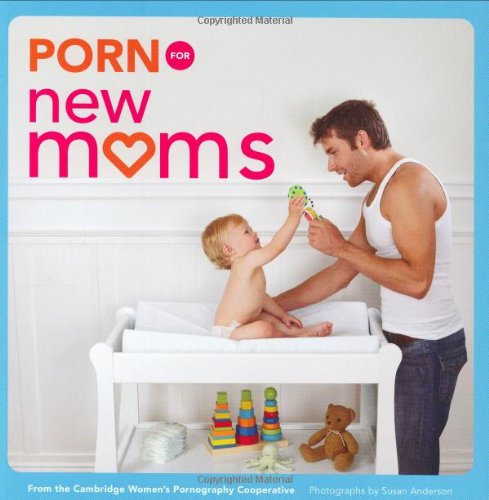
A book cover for Porn for New Moms: From the Cambridge Women's Pornography Cooperative; Cambridge Women's Pornography Cooperative; Humor & Entertainment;